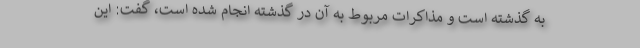
به گذشته است و مذاکرات مربوط به آن در گذشته انجام شده است، گفت: این